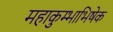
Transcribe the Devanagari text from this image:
महाकुम्भाभिषेक